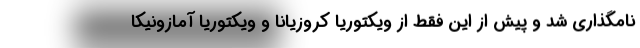
نامگذاری شد و پیش از این فقط از ویکتوریا کروزیانا و ویکتوریا آمازونیکا